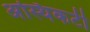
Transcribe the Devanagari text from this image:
अस्थिकटी